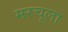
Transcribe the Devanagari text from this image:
मरचूला